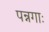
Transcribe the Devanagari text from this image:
पन्नगाः